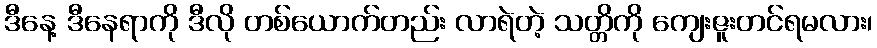
ဒီနေ့ ဒီနေရာကို ဒီလို တစ်ယောက်တည်း လာရဲတဲ့ သတ္တိကို ကျေးဇူးတင်ရမလား၊